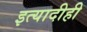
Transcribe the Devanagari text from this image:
इत्यादीही